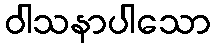
ဝါသနာပါသော